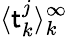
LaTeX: \langle\mathsf{t}_{k}^{j}\rangle_{k}^{\infty}